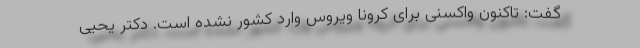
گفت: تاکنون واکسنی برای کرونا ویروس وارد کشور نشده است. دکتر یحیی